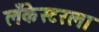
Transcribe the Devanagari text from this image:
लँकेस्टरला